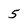
Character: 5